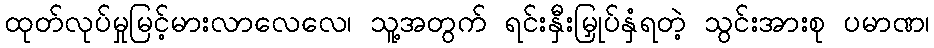
ထုတ်လုပ်မှုမြင့်မားလာလေလေ၊ သူ့အတွက် ရင်းနှီးမြှုပ်နှံရတဲ့ သွင်းအားစု ပမာဏ၊